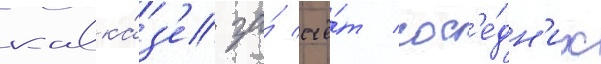
кавка́з'е за́ счё́т сос'е́дн'их